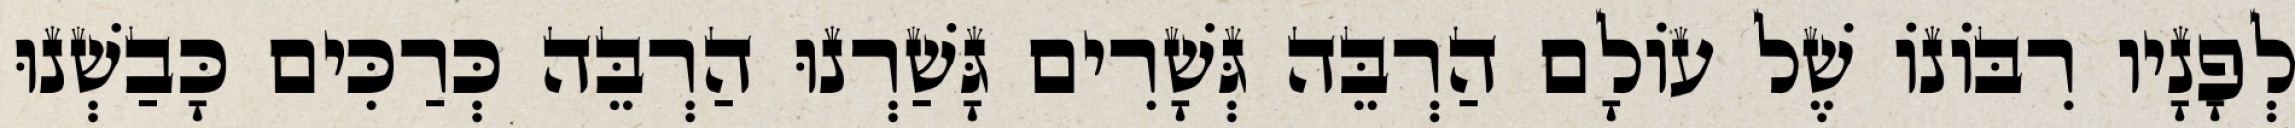
לְפָנָיו רִבּוֹנוֹ שֶׁל עוֹלָם הַרְבֵּה גְּשָׁרִים גָּשַׁרְנוּ הַרְבֵּה כְּרַכִּים כָּבַשְׁנוּ